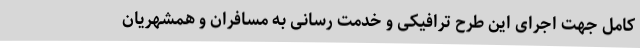
کامل جهت اجرای این طرح ترافیکی و خدمت رسانی به مسافران و همشهریان